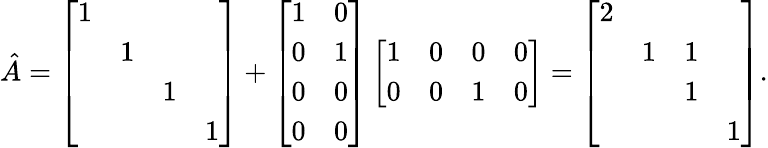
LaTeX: \hat{A}=\left[\begin{array}{llll}{1}&&&\\ &{1}&&\\ &&{1}&\\ &&&{1}\end{array}\right]+\left[\begin{array}{ll}{1}&{0}\\ {0}&{1}\\ {0}&{0}\\ {0}&{0}\end{array}\right]\left[\begin{array}{llll}{1}&{0}&{0}&{0}\\ {0}&{0}&{1}&{0}\end{array}\right]=\left[\begin{array}{llll}{2}&&&\\ &{1}&{1}&\\ &&{1}&\\ &&&{1}\end{array}\right].